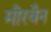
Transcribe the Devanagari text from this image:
मीरवैन